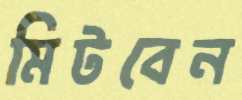
মিটবেন